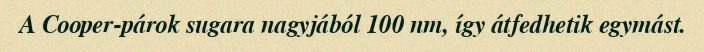
A Cooper-párok sugara nagyjából 100 nm, így átfedhetik egymást.